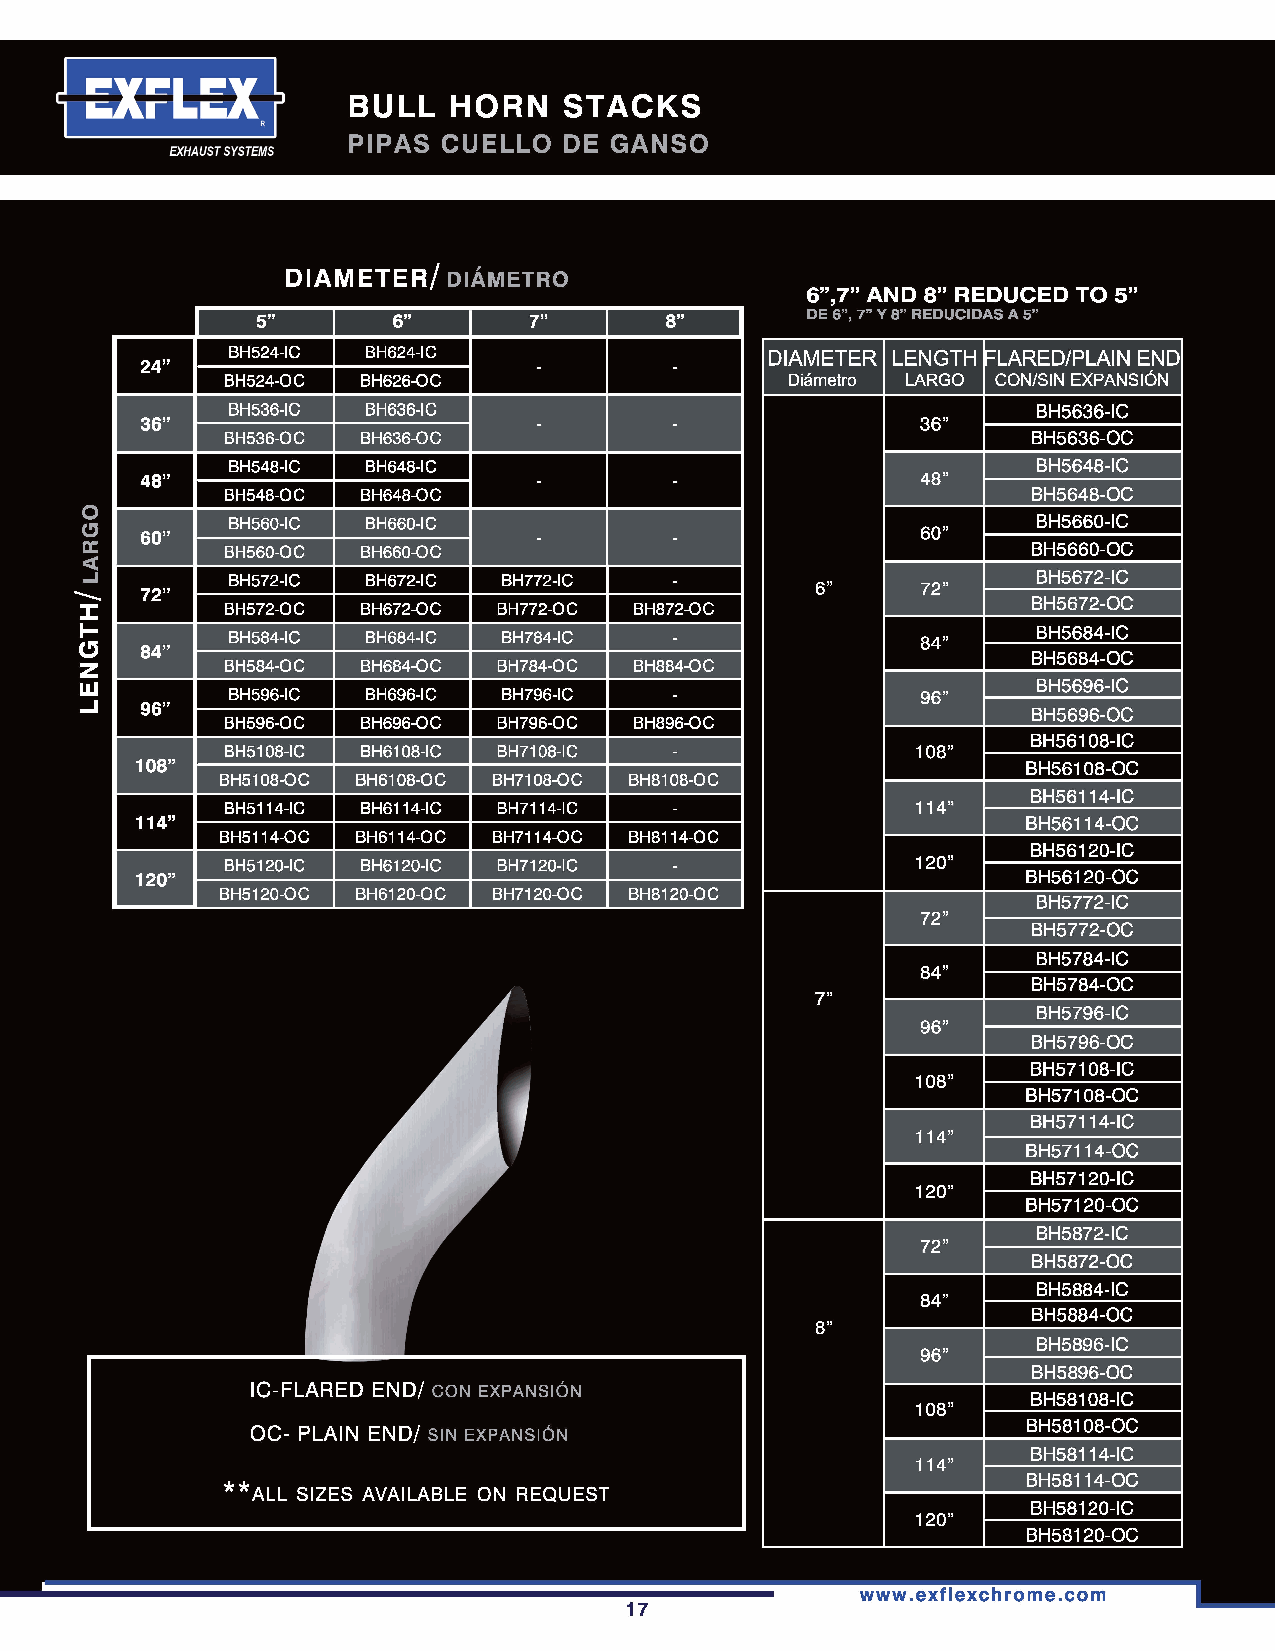
BH524-IC BH624-IC                                 FLARED/PLAIN END
 BH524-OC BH626-OC                                  CON/SIN EXPANSIÓN
 BH536-IC BH636-IC                                     BH5636-IC
 BH536-OC BH636-OC                                    BH5636-OC
 BH548-IC BH648-IC                                     BH5648-IC
 BH548-OC BH648-OC                                    BH5648-OC
 BH560-IC BH660-IC                                     BH5660-IC
 BH560-OC BH660-OC                                    BH5660-OC
 BH572-IC BH672-IC BH772-IC                            BH5672-IC
 BH5672-OC
 BH572-OC BH672-OC BH772-OC
 BH584-IC BH684-IC BH784-IC                            BH5684-IC
 BH5684-OC
 BH584-OC BH684-OC BH784-OC
 BH5696-IC
 BH596-IC BH696-IC BH796-IC
 BH5696-OC
 BH596-OC BH696-OC BH796-OC
 BH56108-IC
 BH5108-IC BH6108-IC BH7108-IC
 BH56108-OC
 BH5108-OC BH6108-OC BH7108-OC
 BH56114-IC
 BH5114-IC BH6114-IC BH7114-IC
 BH56114-OC
 BH5114-OC BH6114-OC BH7114-OC
 BH56120-IC
 BH5120-IC BH6120-IC BH7120-IC
 BH56120-OC
 BH5120-OC BH6120-OC BH7120-OC
 BH5772-IC
 BH5772-OC
 BH5784-IC
 BH5784-OC
 BH5796-IC
 BH5796-OC
 BH57108-IC
 BH57108-OC
 BH57114-IC
 BH57114-OC
 BH57120-IC
 BH57120-OC
 BH5872-IC
 BH5872-OC
 BH5884-IC
 BH5884-OC
 BH5896-IC
 BH5896-OC
 BH58108-IC
 BH58108-OC
 BH58114-IC
 BH58114-OC
 BH58120-IC